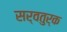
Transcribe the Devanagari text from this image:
सर्वतुर्क